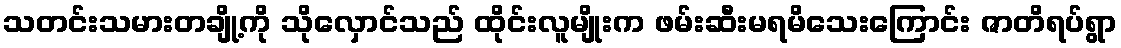
သတင်းသမားတချို့ကို သိုလှောင်သည် ထိုင်းလူမျိုးက ဖမ်းဆီးမရမိသေးကြောင်း ဇာတိရပ်ရွာ